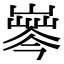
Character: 𡼘